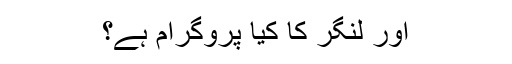
اور لنگر کا کیا پروگرام ہے؟